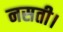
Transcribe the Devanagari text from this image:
नसती।